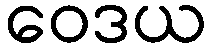
ဝေဒယ